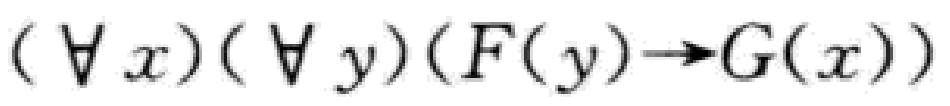
$(\forall x)(\forall y)(F(y)\rightarrow G(x))$